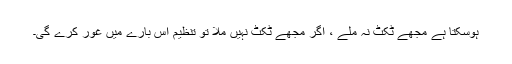
ہوسکتا ہے مجھے ٹکٹ نہ ملے ، اگر مجھے ٹکٹ نہیں ملا تو تنظیم اس بارے میں غور کرے گی۔